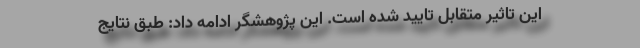
این تاثیر متقابل تایید شده است. این پژوهشگر ادامه داد: طبق نتایج